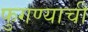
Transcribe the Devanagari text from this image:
फुगण्याची